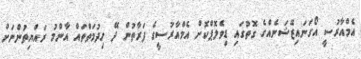
އެމްއާރުސީ އޯގަނައިޒޭޝަނެއްގެ ގޮތުގައި ޑިވެލޮޕްކޮށް އެމްއާރުސީގެ ފަރާތުން ދޭ ހިދުމަތްތައް އާންމު ރައްޔިތުންނަށް